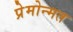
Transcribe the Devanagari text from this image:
प्रेमोन्मत